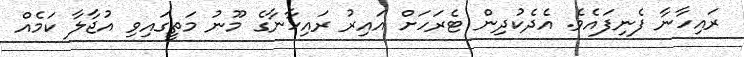
ރައިހާނާ ފެނިފައެވެ. އެދެކުދިން ޓެރަހަށް އައިރު ރައިހާނާގެ މޫނު މަތީގައިވި އުޖާލާ ކަމެއް